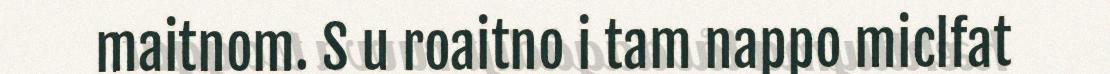
maitnom. S u roaitno i tam nappo miclfat